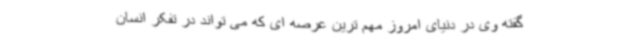
گفته وی در دنیای امروز مهم ترین عرصه ای که می تواند در تفکر انسان